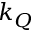
k _ { Q }